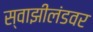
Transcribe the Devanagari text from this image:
स्वाझीलंडवर